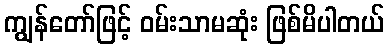
ကျွန်တော်ဖြင့် ဝမ်းသာမဆုံး ဖြစ်မိပါတယ်